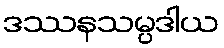
ဒဿနသမ္ပဒါယ